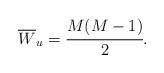
LaTeX: \begin{align*}\overline{W}_u = \cfrac{M(M-1)}{2}.\end{align*}